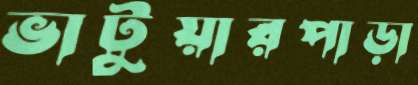
ভাটুয়ারপাড়া